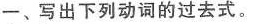
-、写出下列动词的过去式。